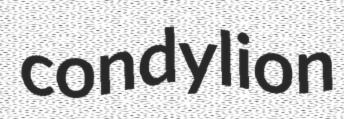
condylion